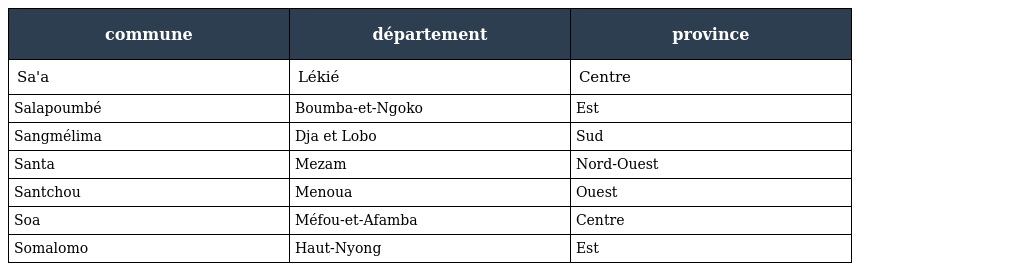
| commune | département | province |
 | --- | --- | --- |
 | Sa'a | Lékié | Centre |
 | Salapoumbé | Boumba-et-Ngoko | Est |
 | Sangmélima | Dja et Lobo | Sud |
 | Santa | Mezam | Nord-Ouest |
 | Santchou | Menoua | Ouest |
 | Soa | Méfou-et-Afamba | Centre |
 | Somalomo | Haut-Nyong | Est |